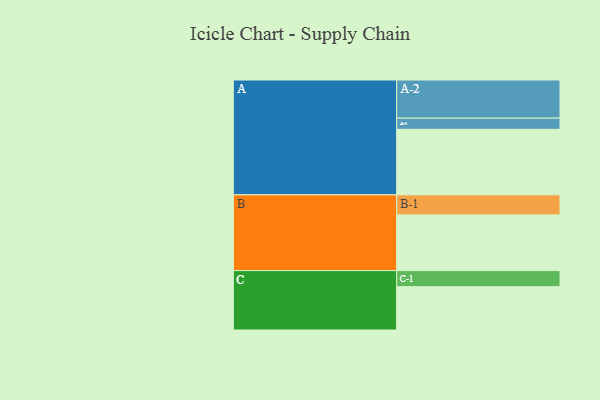
{"axis": {"x": "Segment", "y": "Value"}, "legend": ["", "A", "B", "C"], "data": [{"x": "A", "y": 481, "type": ""}, {"x": "B", "y": 409, "type": ""}, {"x": "C", "y": 318, "type": ""}, {"x": "A-1", "y": 82, "type": "A"}, {"x": "A-2", "y": 280, "type": "A"}, {"x": "B-1", "y": 147, "type": "B"}, {"x": "C-1", "y": 118, "type": "C"}]}